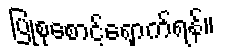
ပြုစုစောင့်ရှောက်ရန်။